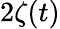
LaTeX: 2\zeta(t)